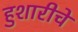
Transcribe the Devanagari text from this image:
हुशारीचे